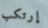
إرتكب